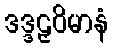
ဒဒ္ဒဠှဝိမာနံ